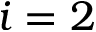
i = 2